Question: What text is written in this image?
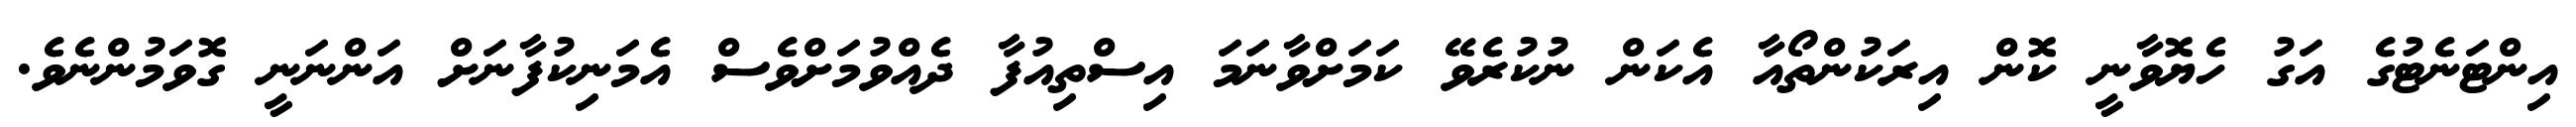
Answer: އިންޓަނެޓުގެ އަގު ހެޔޮވާނީ ކޮން އިރަކުންތޯއާ އެކަން ނުކުރެވޭ ކަމަށްވާނަމަ އިސްތިއުފާ ދެއްވުމަށްވެސް އެމަނިކުފާނަށް އަންނަނީ ގޮވަމުންނެވެ.